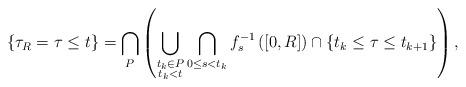
LaTeX: \begin{align*} \left\{ \tau_R = \tau \le t \right\} = \bigcap_P \left( \bigcup_{\substack{t_k \in P\\ t_k < t}} \bigcap_{0 \le s < t_k} f_{s}^{-1} \left( \left[0,R\right] \right) \cap \{ t_k \le \tau \le t_{k+1} \} \right),\end{align*}